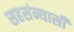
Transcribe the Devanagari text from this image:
सहसंन्यासी